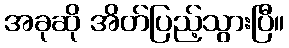
အခုဆို အိတ်ပြည့်သွားပြီ။